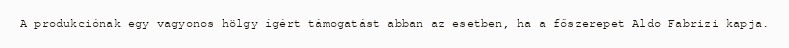
A produkciónak egy vagyonos hölgy ígért támogatást abban az esetben, ha a főszerepet Aldo Fabrizi kapja.